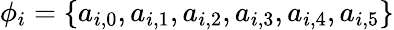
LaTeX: \phi_{i}=\{ a_{i,0},a_{i,1},a_{i,2},a_{i,3},a_{i,4},a_{i,5}\}